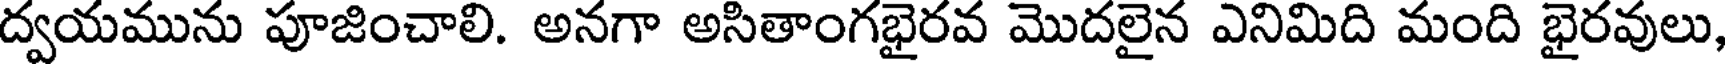
ద్వయమును పూజించాలి. అనగా అసితాంగభైరవ మొదలైన ఎనిమిది మంది భైరవులు,